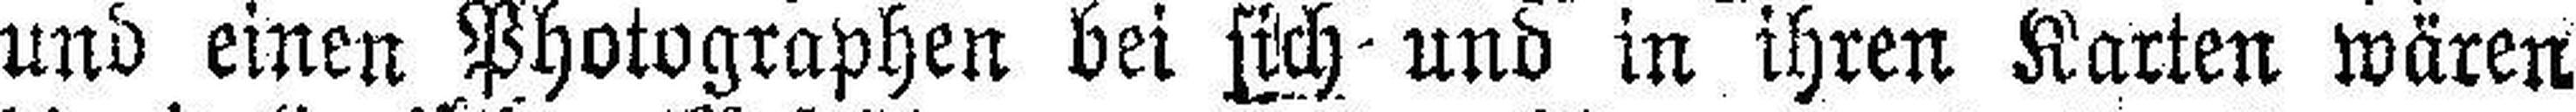
und einen Photographen bei sich und in ihren Karten wären